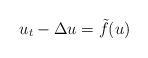
LaTeX: \begin{align*}u_t-\Delta u=\tilde f(u)\end{align*}